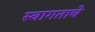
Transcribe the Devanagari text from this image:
स्वागताचे